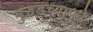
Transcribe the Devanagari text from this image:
मुरुडच्यापुढे